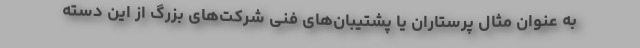
به عنوان مثال پرستاران یا پشتیبان‌های فنی شرکت‌های بزرگ از این دسته